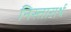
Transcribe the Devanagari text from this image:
निस्तारार्थ